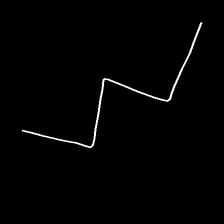
Glyph: crush